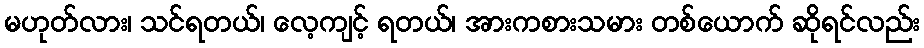
မဟုတ်လား၊ သင်ရတယ်၊ လေ့ကျင့် ရတယ်၊ အားကစားသမား တစ်ယောက် ဆိုရင်လည်း